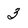
Character: 3